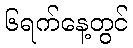
၆ရက်နေ့တွင်